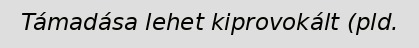
Támadása lehet kiprovokált (pld.